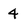
Character: 4